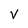
Character: v